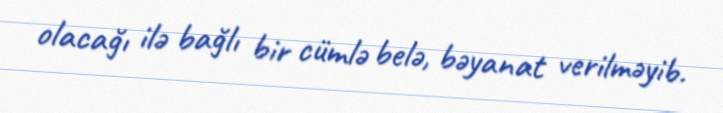
olacağı ilə bağlı bir cümlə belə, bəyanat verilməyib.